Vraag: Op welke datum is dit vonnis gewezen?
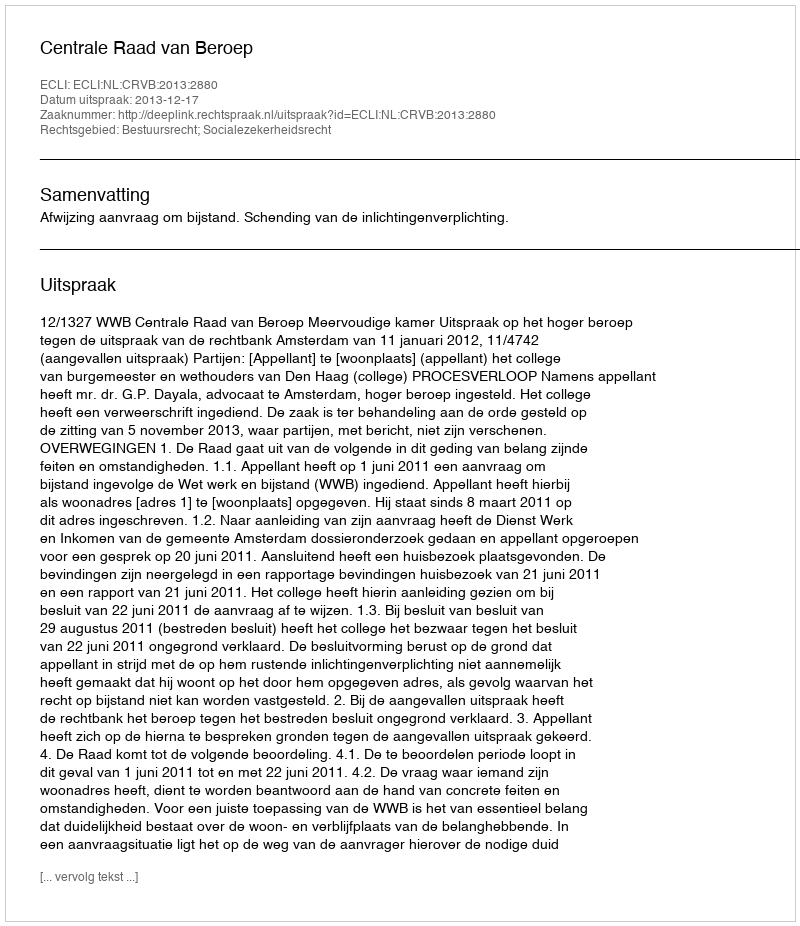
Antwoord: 2013-12-17